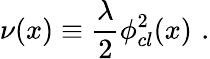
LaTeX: \nu(x)\equiv{\frac{\lambda}{2}}\phi_{cl}^{2}(x)\, \, .